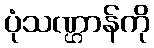
ပုံသဏ္ဌာန်ကို